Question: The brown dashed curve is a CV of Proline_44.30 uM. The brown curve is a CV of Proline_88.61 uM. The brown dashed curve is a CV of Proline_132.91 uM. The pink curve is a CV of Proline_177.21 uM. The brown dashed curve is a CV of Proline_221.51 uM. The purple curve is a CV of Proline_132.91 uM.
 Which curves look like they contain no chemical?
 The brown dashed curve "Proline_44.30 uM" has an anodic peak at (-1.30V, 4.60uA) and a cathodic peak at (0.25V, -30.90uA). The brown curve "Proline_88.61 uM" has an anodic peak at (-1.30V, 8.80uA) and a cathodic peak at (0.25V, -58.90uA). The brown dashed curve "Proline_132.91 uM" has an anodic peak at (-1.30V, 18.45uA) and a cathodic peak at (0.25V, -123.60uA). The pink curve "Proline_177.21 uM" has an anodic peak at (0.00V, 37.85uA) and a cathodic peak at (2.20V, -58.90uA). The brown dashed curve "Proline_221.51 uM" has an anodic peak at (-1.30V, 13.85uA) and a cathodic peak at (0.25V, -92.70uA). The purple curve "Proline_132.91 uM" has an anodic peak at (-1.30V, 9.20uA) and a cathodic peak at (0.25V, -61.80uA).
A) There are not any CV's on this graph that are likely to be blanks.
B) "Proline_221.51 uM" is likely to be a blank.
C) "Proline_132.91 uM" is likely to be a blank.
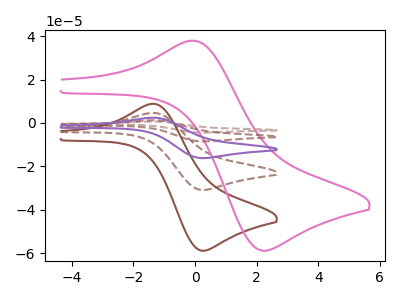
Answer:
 <answer>A) There are not any CV's on this graph that are likely to be blanks.</answer>
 <eval>A</eval>